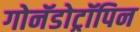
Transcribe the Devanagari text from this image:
गोनॅडोट्रॉपिन